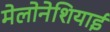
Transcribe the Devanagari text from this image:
मेलोनेशियाई